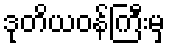
ဒုတိယဝန်ကြီးမှ